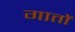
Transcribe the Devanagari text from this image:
गातों